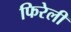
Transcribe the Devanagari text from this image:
फिरेली